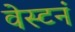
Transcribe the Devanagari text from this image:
वेस्टनं